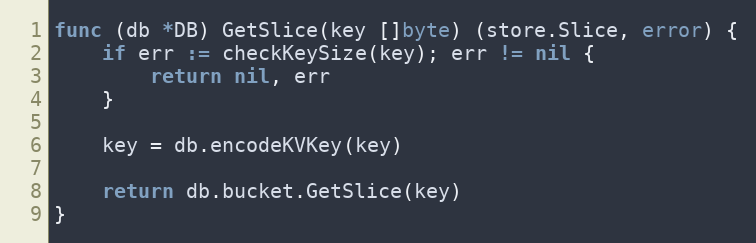
Language: Go
func (db *DB) GetSlice(key []byte) (store.Slice, error) {
	if err := checkKeySize(key); err != nil {
		return nil, err
	}

	key = db.encodeKVKey(key)

	return db.bucket.GetSlice(key)
}